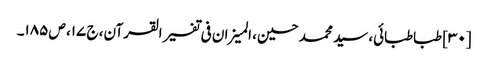
[۳۰] طباطبائی، سید محمد حسین، المیزان فی تفسیر القرآن، ج ۱۷، ص ۱۸۵۔